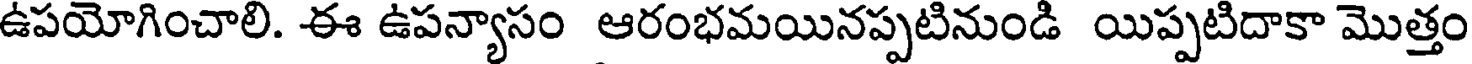
ఉపయోగించాలి. ఈ ఉపన్యాసం ఆరంభమయినప్పటినుండి యిప్పటిదాకా మొత్తం